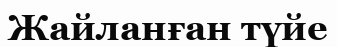
Жайланған түйе